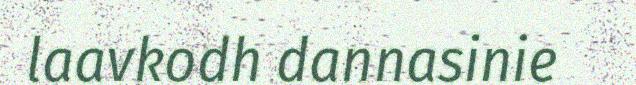
laavkodh dannasinie